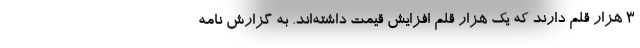
۳ هزار قلم دارند که یک هزار قلم افزایش قیمت داشته‌اند. به گزارش نامه